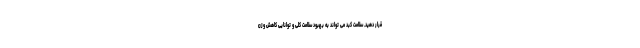
قرار دهید. سلامت کبد می تواند به بهبود سلامت کلی و توانایی کاهش وزن